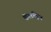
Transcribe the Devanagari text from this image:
कॅलव्हिन